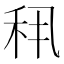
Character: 𬓣